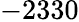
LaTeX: -2330